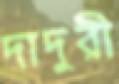
দাদুরী